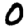
Digit: 0